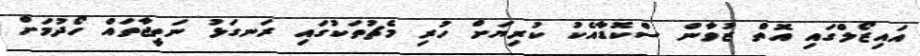
އައިޒޯލްގައި އޮތް ޒުވާން ސްކޮޑާއެކު ކުރިޔަށް ހުރި މެޗުތަކުގައި ރަނގަޅު ނަތީޖާތައް ހޯދުމަށް